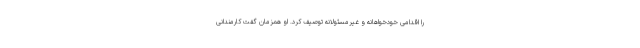
را اقدامی خودخواهانه و غیرمسئولانه توصیف کرد. او همزمان گفت کارمندانی